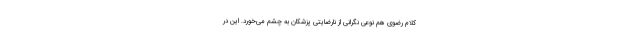
کلام رضوی هم نوعی نگرانی از نارضایتی پزشکان به چشم می‌خورد. این در